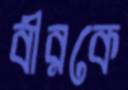
বীরকে